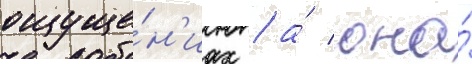
ощуще́н'иах / а́ она́